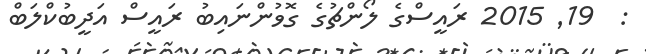
:  19